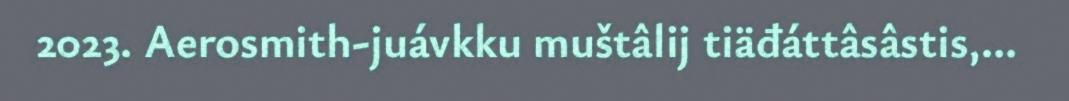
2023. Aerosmith-juávkku muštâlij tiäđáttâsâstis,...